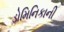
ડોમિનિકાની